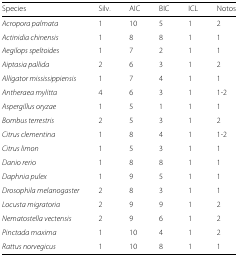
<table><thead><tr><td><b>Species</b></td><td><b>Silv.</b></td><td><b>AIC</b></td><td><b>BIC</b></td><td><b>ICL</b></td><td><b>Notos</b></td></tr></thead><tbody><tr><td><i>Acropora palmata</i></td><td>1</td><td>10</td><td>5</td><td>1</td><td>2</td></tr><tr><td><i>Actinidia chinensis</i></td><td>1</td><td>8</td><td>8</td><td>1</td><td>1</td></tr><tr><td><i>Aegilops speltoides</i></td><td>1</td><td>7</td><td>2</td><td>1</td><td>1</td></tr><tr><td><i>Aiptasia pallida</i></td><td>2</td><td>6</td><td>3</td><td>1</td><td>2</td></tr><tr><td><i>Alligator mississippiensis</i></td><td>1</td><td>7</td><td>4</td><td>1</td><td>1</td></tr><tr><td><i>Antheraea mylitta</i></td><td>4</td><td>6</td><td>3</td><td>1</td><td>1-2</td></tr><tr><td><i>Aspergillus oryzae</i></td><td>1</td><td>5</td><td>1</td><td>1</td><td>1</td></tr><tr><td><i>Bombus terrestris</i></td><td>2</td><td>5</td><td>3</td><td>1</td><td>2</td></tr><tr><td><i>Citrus clementina</i></td><td>1</td><td>8</td><td>4</td><td>1</td><td>1-2</td></tr><tr><td><i>Citrus limon</i></td><td>1</td><td>5</td><td>3</td><td>1</td><td>1</td></tr><tr><td><i>Danio rerio</i></td><td>1</td><td>8</td><td>8</td><td>1</td><td>1</td></tr><tr><td><i>Daphnia pulex</i></td><td>1</td><td>9</td><td>5</td><td>1</td><td>1</td></tr><tr><td><i>Drosophila melanogaster</i></td><td>2</td><td>8</td><td>3</td><td>1</td><td>1</td></tr><tr><td><i>Locusta migratoria</i></td><td>2</td><td>9</td><td>9</td><td>1</td><td>2</td></tr><tr><td><i>Nematostella vectensis</i></td><td>2</td><td>9</td><td>6</td><td>1</td><td>2</td></tr><tr><td><i>Pinctada maxima</i></td><td>1</td><td>10</td><td>4</td><td>1</td><td>2</td></tr><tr><td><i>Rattus norvegicus</i></td><td>1</td><td>10</td><td>8</td><td>1</td><td>1</td></tr></tbody></table>